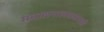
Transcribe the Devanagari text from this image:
संचालनालयासारखी